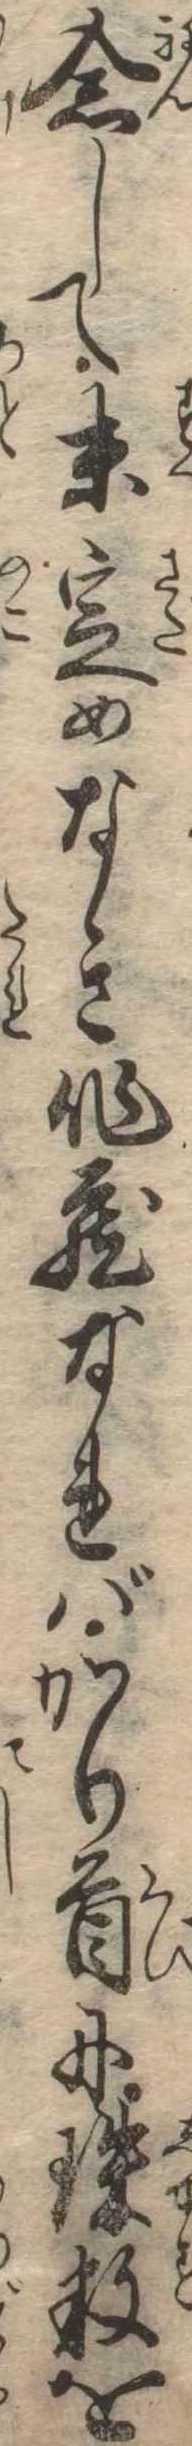
念して末定めなき作蔵なればかり首に珠数を